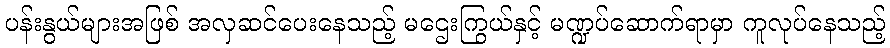
ပန်းနွယ်များအဖြစ် အလှဆင်ပေးနေသည့် မဌေးကြွယ်နှင့် မဏ္ဍပ်ဆောက်ရာမှာ ကူလုပ်နေသည့်